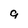
Character: q